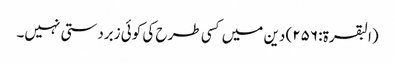
(البقرۃ: ۲۵۶) دین میں کسی طرح کی کوئی زبردستی نہیں۔